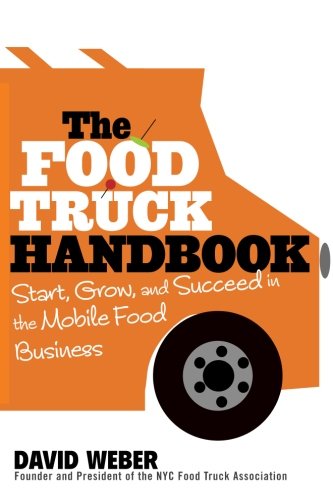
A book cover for The Food Truck Handbook: Start, Grow, and Succeed in the Mobile Food Business; David Weber; Cookbooks, Food & Wine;